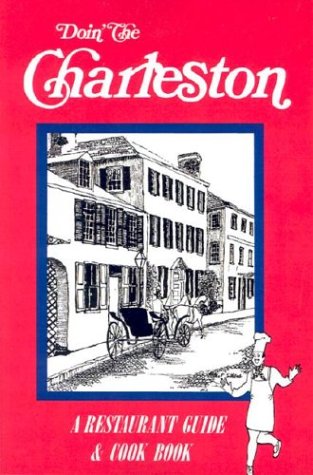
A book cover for Doin' the Charleston: A Restaurant Guide & Cookbook; Molly Heady Sillers; Travel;